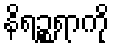
နိရဉ္စရာကို